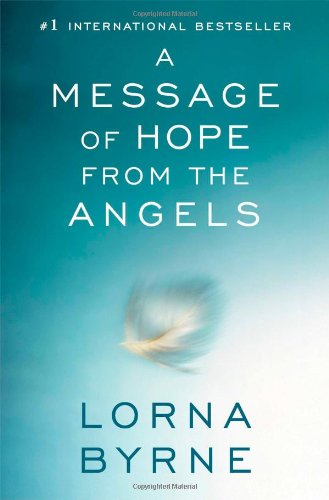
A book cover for A Message of Hope from the Angels; Lorna Byrne; Religion & Spirituality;